Vaccination report Assam 1874-1896 - 1874-1896
Year: 1874
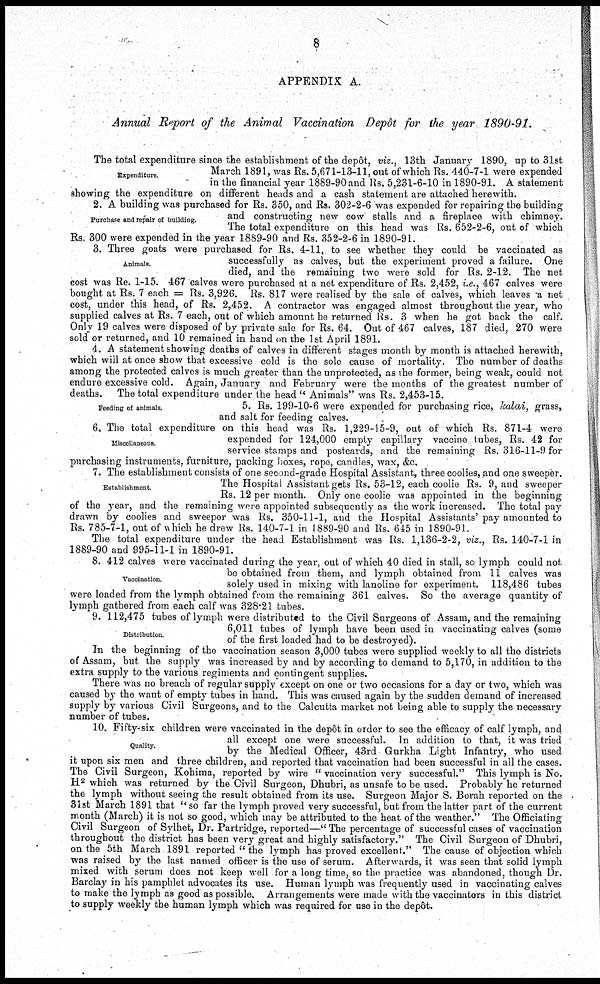
8
APPENDIX A.
Annual Report of the Animal Vaccination Depôt for the year 1890-91.
Expenditure.
The total expenditure since the establishment of the depôt, viz., 13th January 1890, up to 31st
March 1891, was Rs. 5,671-13-11, out of which Rs. 440-7-1 were expended
in the financial year 1889-90 and Rs. 5,231-6-10 in 1890-91. A statement
showing the expenditure on different heads and a cash statement are attached herewith.
Purchase and repair of building.
2. A building was purchased for Rs. 350, and Rs. 302-2-6 was expended for repairing the building
and constructing new cow stalls and a fireplace with chimney.
The total expenditure on this head was Rs. 652-2-6, out of which
Rs. 300 were expended in the year 1889-90 and Rs. 352-2-6 in 1890-91.
Animals.
3. Three goats were purchased for Rs. 4-11, to see whether they could be vaccinated as
successfully as calves, but the experiment proved a failure. One
died, and the remaining two were sold for Rs. 2-12. The net
cost was Re. 1-15. 467 calves were purchased at a net expenditure of Rs. 2,452, i.e., 467 calves were
bought at Rs. 7 each = Rs. 3,926. Rs. 817 were realised by the sale of calves, which leaves a net
cost, under this head, of Rs. 2,452. A contractor was engaged almost throughout the year, who
supplied calves at Rs. 7 each, out of which amount he returned Rs. 3 when he got back the calf.
Only 19 calves were disposed of by private sale for Rs. 64. Out of 467 calves, 187 died, 270 were
sold or returned, and 10 remained in hand on the 1st April 1891.
4. A statement showing deaths of calves in different stages month by month is attached herewith,
which will at once show that excessive cold is the sole cause of mortality. The number of deaths
among the protected calves is much greater than the unprotected, as the former, being weak, could not
endure excessive cold. Again, January and February were the months of the greatest number of
deaths. The total expenditure under the head " Animals" was Rs. 2,453-15.
Feeding of animals.
5. Rs. 199-10-6 were expended for purchasing rice, calm, grass,
and salt for feeding calves.
Miscellaneous
6. The total expenditure on this head was Rs. 1,229-15-9, out of which Rs. 871-4 were
expended for 124,000 empty capillary vaccine tubes, Rs. 42 for
service stamps and postcards, and the remaining Rs. 316-11-9 for
purchasing instruments, furniture, packing boxes, rope, candles, wax, &c.
Establishment.
7. The establishment consists of one second-grade Hospital Assistant, three coolies, and one sweeper.
The Hospital Assistant gets Rs. 53-12, each coolie Rs. 9, and sweeper
Rs. 12 per month. Only one coolie was appointed in the beginning
of the year, and the remaining were appointed subsequently as the work increased. The total pay
drawn by coolies and sweeper was Rs. 350-11-1, and the Hospital Assistants' pay amounted to
Rs. 785-7-1, out of which he drew Rs. 140-7-1 in 1889-90 and Rs. 645 in 1890-91.
The total expenditure under the head Establishment was Rs. 1,136-2-2, viz., Rs. 140-7-1 in
1889-90 and 995-11-1 in 1890-91.
Vaccination.
8. 412 calves were vaccinated during the year, out of which 40 died in stall, so lymph could not
be obtained from them, and lymph obtained from 11 calves was
solely used in mixing with lanoline for experiment. 118,486 tubes
were loaded from the lymph obtained from the remaining 361 calves. So the average quantity of
lymph gathered from each calf was 328.21 tubes.
Distribution
9. 112,475 tubes of lymph were distributed to the Civil Surgeons of Assam, and the remaining
6,011 tubes of lymph have been used in vaccinating calves (some
of the first loaded had to be destroyed).
In the beginning of the vaccination season 3,000 tubes were supplied weekly to all the districts
of Assam, but the supply was increased by and by according to demand to 5,170, in addition to the
extra supply to the various regiments and contingent supplies.
There was no breach of regular supply except on one or two occasions for a day or two, which was
caused by the want of empty tubes in hand. This was caused again by the sudden demand of increased
supply by various Civil Surgeons, and to the Calcutta market not being able to supply the necessary
number of tubes.
Quality.
10. Fifty-six children were vaccinated in the depôt in order to see the efficacy of calf lymph, and
all except one were successful. In addition to that, it was tried
by the Medical Officer, 43rd Gurkha Light Infantry, who used
it upon six men and three children, and reported that vaccination had been successful in all the cases.
The Civil Surgeon, Kohima, reported by wire " vaccination very successful." This lymph is No.
H2 which was returned by the Civil Surgeon, Dhubri, as unsafe to be used. Probably he returned
the lymph without seeing the result obtained from its use. Surgeon Major S. Borah reported on the
31st March 1891 that "so far the lymph proved very successful, but from the latter part of the current
month (March) it is not so good, which may be attributed to the heat of the weather." The Officiating
Civil Surgeon of Sylhet, Dr. Partridge, reported—" The percentage of successful cases of vaccination
throughout the district has been very great and highly satisfactory." The Civil Surgeon of Dhubri,
on the 5th March 1891 reported " the lymph has proved excellent." The cause of objection which
was raised by the last named officer is the use of serum. Afterwards, it was seen that solid lymph
mixed with serum does not keep well for a long time, so the practice was abandoned, though Dr.
Barclay in his pamphlet advocates its use. Human lymph was frequently used in vaccinating calves
to make the lymph as good as possible. Arrangements were made with the vaccinators in this district
to supply weekly the human lymph which was required for use in the depôt.